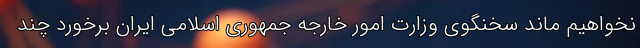
نخواهیم ماند سخنگوی وزارت امور خارجه جمهوری اسلامی ایران برخورد چند